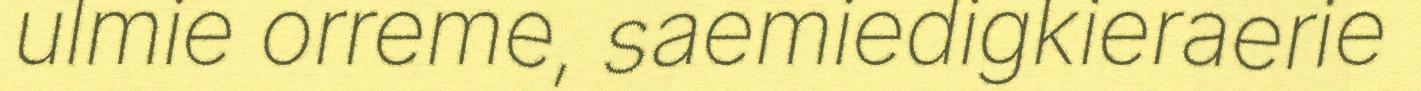
ulmie orreme, saemiedigkieraerie